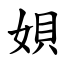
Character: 㛝